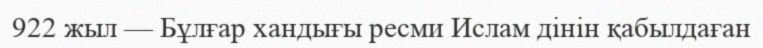
922 жыл — Бұлғар хандығы ресми Ислам дінін қабылдаған